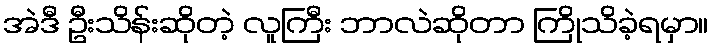
အဲဒီ ဦးသိန်းဆိုတဲ့ လူကြီး ဘာလဲဆိုတာ ကြိုသိခဲ့ရမှာ။